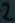
Text: 2